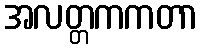
အလတ္တကကတာ